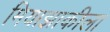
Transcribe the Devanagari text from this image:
मियाझाकीला